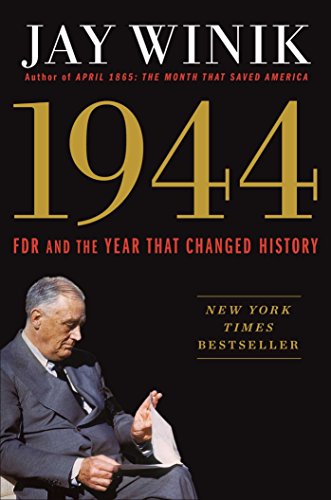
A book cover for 1944: FDR and the Year That Changed History; Jay Winik; Biographies & Memoirs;